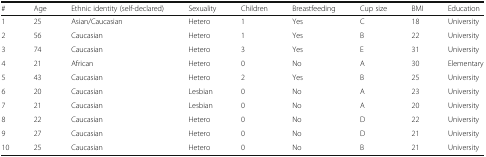
| # | Age | Ethnic identity (self-declared) | Sexuality | Children | Breastfeeding | Cup size | BMI | Education |
 | --- | --- | --- | --- | --- | --- | --- | --- | --- |
 | 1 | 25 | Asian/Caucasian | Hetero | 1 | Yes | C | 18 | University |
 | 2 | 56 | Caucasian | Hetero | 1 | Yes | B | 22 | University |
 | 3 | 74 | Caucasian | Hetero | 3 | Yes | E | 31 | University |
 | 4 | 21 | African | Hetero | 0 | No | A | 30 | Elementary |
 | 5 | 43 | Caucasian | Hetero | 2 | Yes | B | 25 | University |
 | 6 | 20 | Caucasian | Lesbian | 0 | No | A | 23 | University |
 | 7 | 21 | Caucasian | Lesbian | 0 | No | A | 20 | University |
 | 8 | 22 | Caucasian | Hetero | 0 | No | D | 22 | University |
 | 9 | 27 | Caucasian | Hetero | 0 | No | D | 21 | University |
 | 10 | 25 | Caucasian | Hetero | 0 | No | B | 21 | University |